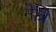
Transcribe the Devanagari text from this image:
नेत्रि